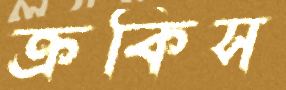
ক্রকিস